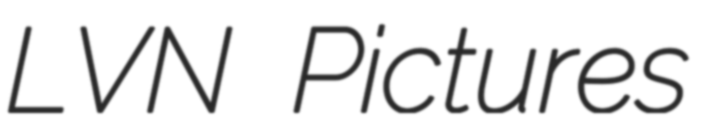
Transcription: LVN Pictures